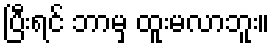
ပြီးရင် ဘာမှ ထူးမလာဘူး။